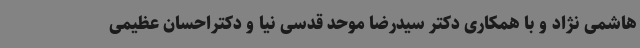
هاشمی نژاد و با همکاری دکتر سیدرضا موحد قدسی نیا و دکتراحسان عظیمی